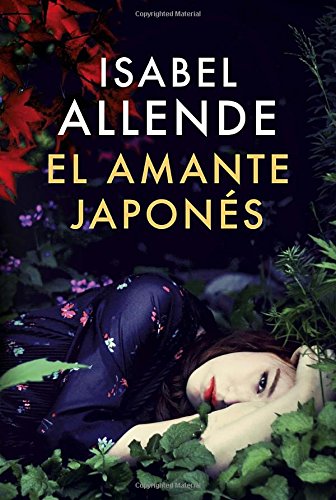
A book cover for El amante japonÃ©s: Una novela (Spanish Edition); Isabel Allende; Romance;